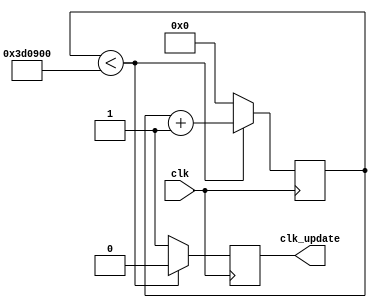

module clockupdate(clk,clk_update);
  input clk;
  output clk_update;
  reg clk_update;
  reg [21:0] check;
    
    always @ (posedge clk) 
      begin
        if(check < 4000000) begin
            check <= check + 1;
            clk_update <= 0;
        end
        else begin 
            check <= 0;
            clk_update <= 1;
        end
    end 
endmodule